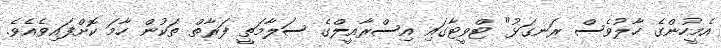
އެމީހުންގެ ހާލުވެސް ރަނގަޅު" ޓްވީޓާގައި އިސްރާއީލްގެ ސަލާމަތީ ފަރާތް ތަކުން ހާމަ ކޮށްފައިވެއެވެ.